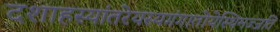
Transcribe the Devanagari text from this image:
दशाहस्यांतरेयस्यगंगातोयेस्थिमज्जति